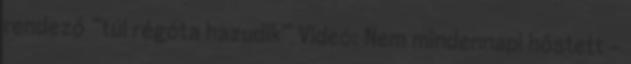
rendező “túl régóta hazudik” Videó: Nem mindennapi hőstett –